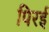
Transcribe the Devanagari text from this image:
पिरई